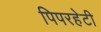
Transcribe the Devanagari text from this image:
पिपरहेटी